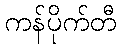
ကန်ပိုက်တီ